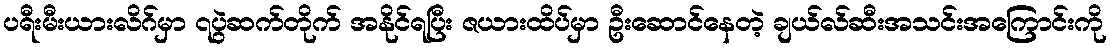
ပရီးမီးယားလိဂ်မှာ ၇ပွဲဆက်တိုက် အနိုင်ရပြီး ဇယားထိပ်မှာ ဦးဆောင်နေတဲ့ ချယ်လ်ဆီးအသင်းအကြောင်းကို